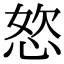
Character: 𭝆